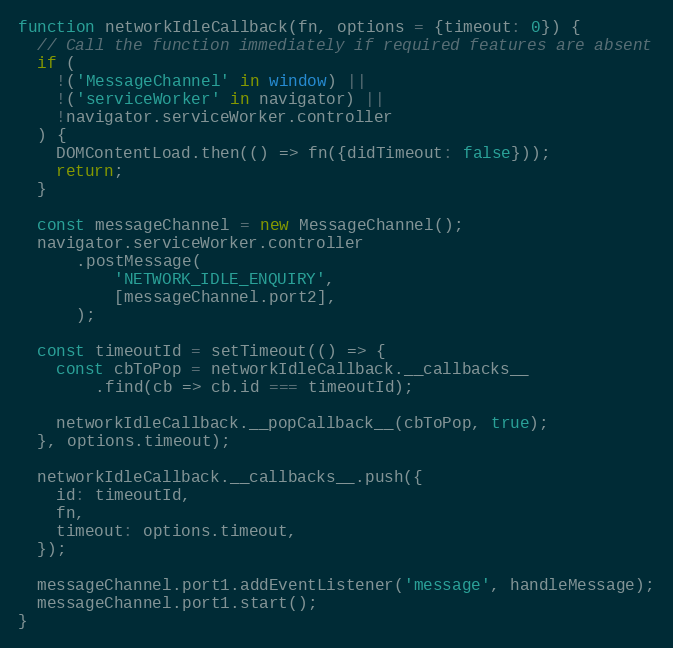
Language: JavaScript
function networkIdleCallback(fn, options = {timeout: 0}) {
  // Call the function immediately if required features are absent
  if (
    !('MessageChannel' in window) ||
    !('serviceWorker' in navigator) ||
    !navigator.serviceWorker.controller
  ) {
    DOMContentLoad.then(() => fn({didTimeout: false}));
    return;
  }

  const messageChannel = new MessageChannel();
  navigator.serviceWorker.controller
      .postMessage(
          'NETWORK_IDLE_ENQUIRY',
          [messageChannel.port2],
      );

  const timeoutId = setTimeout(() => {
    const cbToPop = networkIdleCallback.__callbacks__
        .find(cb => cb.id === timeoutId);

    networkIdleCallback.__popCallback__(cbToPop, true);
  }, options.timeout);

  networkIdleCallback.__callbacks__.push({
    id: timeoutId,
    fn,
    timeout: options.timeout,
  });

  messageChannel.port1.addEventListener('message', handleMessage);
  messageChannel.port1.start();
}